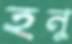
হনু